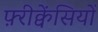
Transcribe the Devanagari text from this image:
फ़्रीक्वेंसियों